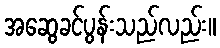
အဆွေခင်ပွန်းသည်လည်း။